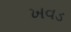
ખવડ